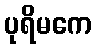
ပုရိမကေ